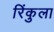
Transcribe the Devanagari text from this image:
रिंकुला